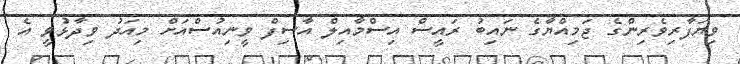
ވިޔަފާރިވެރިންގެ ޖަމިއްޔާގެ ނައިބު ރައީސް އިސްމާއިލް އާސިފް ވީނިއުސްއަށް މިއަދު ވިދާޅުވީ އެ